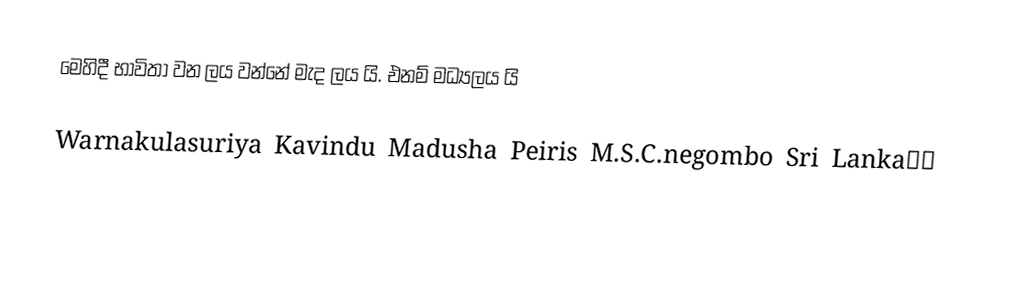
මෙහිදී භාවිතා වන ලය වන්නේ මැද ලය යි. එනම් මධ්‍යලය යි

   Warnakulasuriya Kavindu Madusha Peiris  M.S.C.negombo Sri Lanka🇱🇰